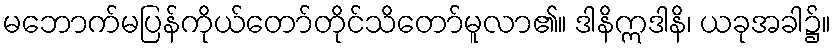
မဘောက်မပြန်ကိုယ်တော်တိုင်သိတော်မူလာ၏။ ဒါနိဣဒါနိ၊ ယခုအခါ၌။